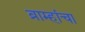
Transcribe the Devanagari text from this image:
ब्राम्हांचा